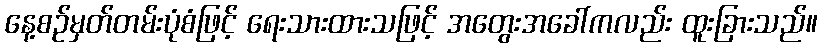
နေ့စဉ်မှတ်တမ်းပုံစံဖြင့် ရေးသားထားသဖြင့် အတွေးအခေါ်ကလည်း ထူးခြားသည်။